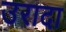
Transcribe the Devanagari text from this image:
उरादा